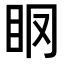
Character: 𥄞